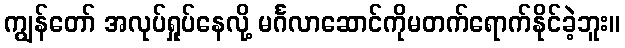
ကျွန်တော် အလုပ်ရှုပ်နေလို့ မင်္ဂလာဆောင်ကိုမတက်ရောက်နိုင်ခဲ့ဘူး။